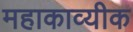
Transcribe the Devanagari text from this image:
महाकाव्यीक